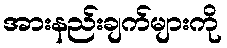
အားနည်းချက်များကို